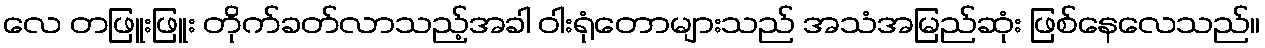
လေ တဖြူးဖြူး တိုက်ခတ်လာသည့်အခါ ဝါးရုံတောများသည် အသံအမြည်ဆုံး ဖြစ်နေလေသည်။